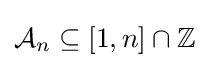
{\mathcal {A}}_{n}\subseteq [1,n]\cap \mathbb {Z}